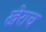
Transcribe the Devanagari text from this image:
खेराच